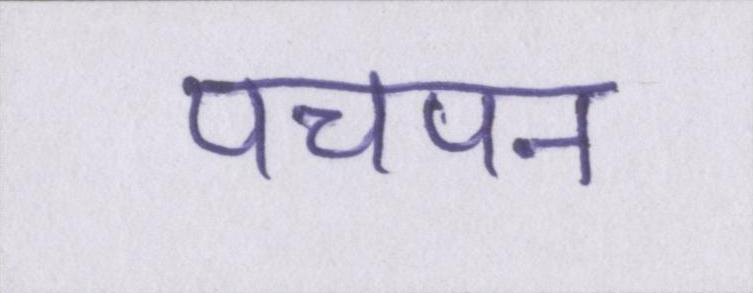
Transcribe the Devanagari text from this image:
पचपन